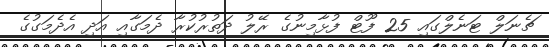
ޗެނަލް ޓަނެލްގައި 25 ފޫޓް ފުޅާމިނުގެ ރޭލު ދަތުރުކުރާ ދެމަގާއި އަދި އެދެމަގުގެ